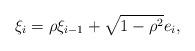
LaTeX: \begin{align*} \xi_i=\rho\xi_{i-1}+\sqrt{1-\rho^2}e_i,\end{align*}